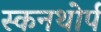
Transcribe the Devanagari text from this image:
स्कनथोर्प